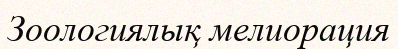
Зоологиялық мелиорация